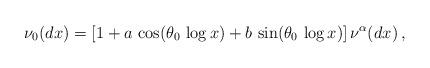
LaTeX: \begin{align*} \nu_0(dx)=[1+ a\,\cos(\theta_0\,\log x)+b\,\sin(\theta_0\,\log x)]\, \nu^\alpha(dx)\,, \end{align*}